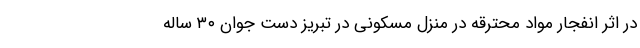
در اثر انفجار مواد محترقه در منزل مسکونی در تبریز دست جوان ۳۰ ساله